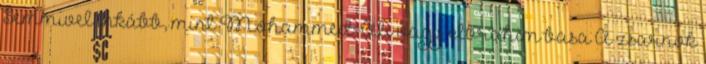
Semmivel inkább, mint Mohammed-Ali vagy Ibrahim basa A zsarnok